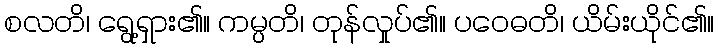
စလတိ၊ ရွေ့ရှား၏။ ကမ္ပတိ၊ တုန်လှုပ်၏။ ပဝေဓတိ၊ ယိမ်းယိုင်၏။